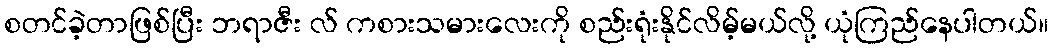
စတင်ခဲ့တာဖြစ်ပြီး ဘရာဇီး လ် ကစားသမားလေးကို စည်းရုံးနိုင်လိမ့်မယ်လို့ ယုံကြည်နေပါတယ်။